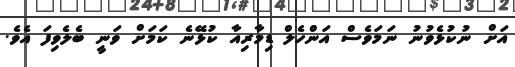
އަަށް ނުކުޅެވުނު ނަމަވެސް އަންހެލް ޑިމާރިއާ ކުޅޭނެ ކަމަށް ވަނީ ބެލެވިފަ އެވެ.